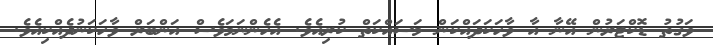
ވަގުތު ޑޮކްޓަރުން އޭނާ އާ ވާހަކަދައްކަން މަސައްކަތް ކުރިއެވެ. އެހެންނަމަވެސް އަންބަރް ވާހަކަނުދެއްކިއެވެ.